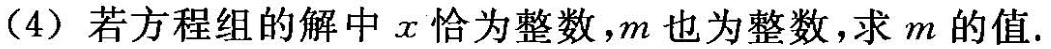
(4)若方程组的解中x恰为整数，m也为整数，求m的值。